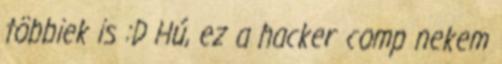
többiek is :D Hú, ez a hacker comp nekem